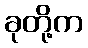
ခုတို့က